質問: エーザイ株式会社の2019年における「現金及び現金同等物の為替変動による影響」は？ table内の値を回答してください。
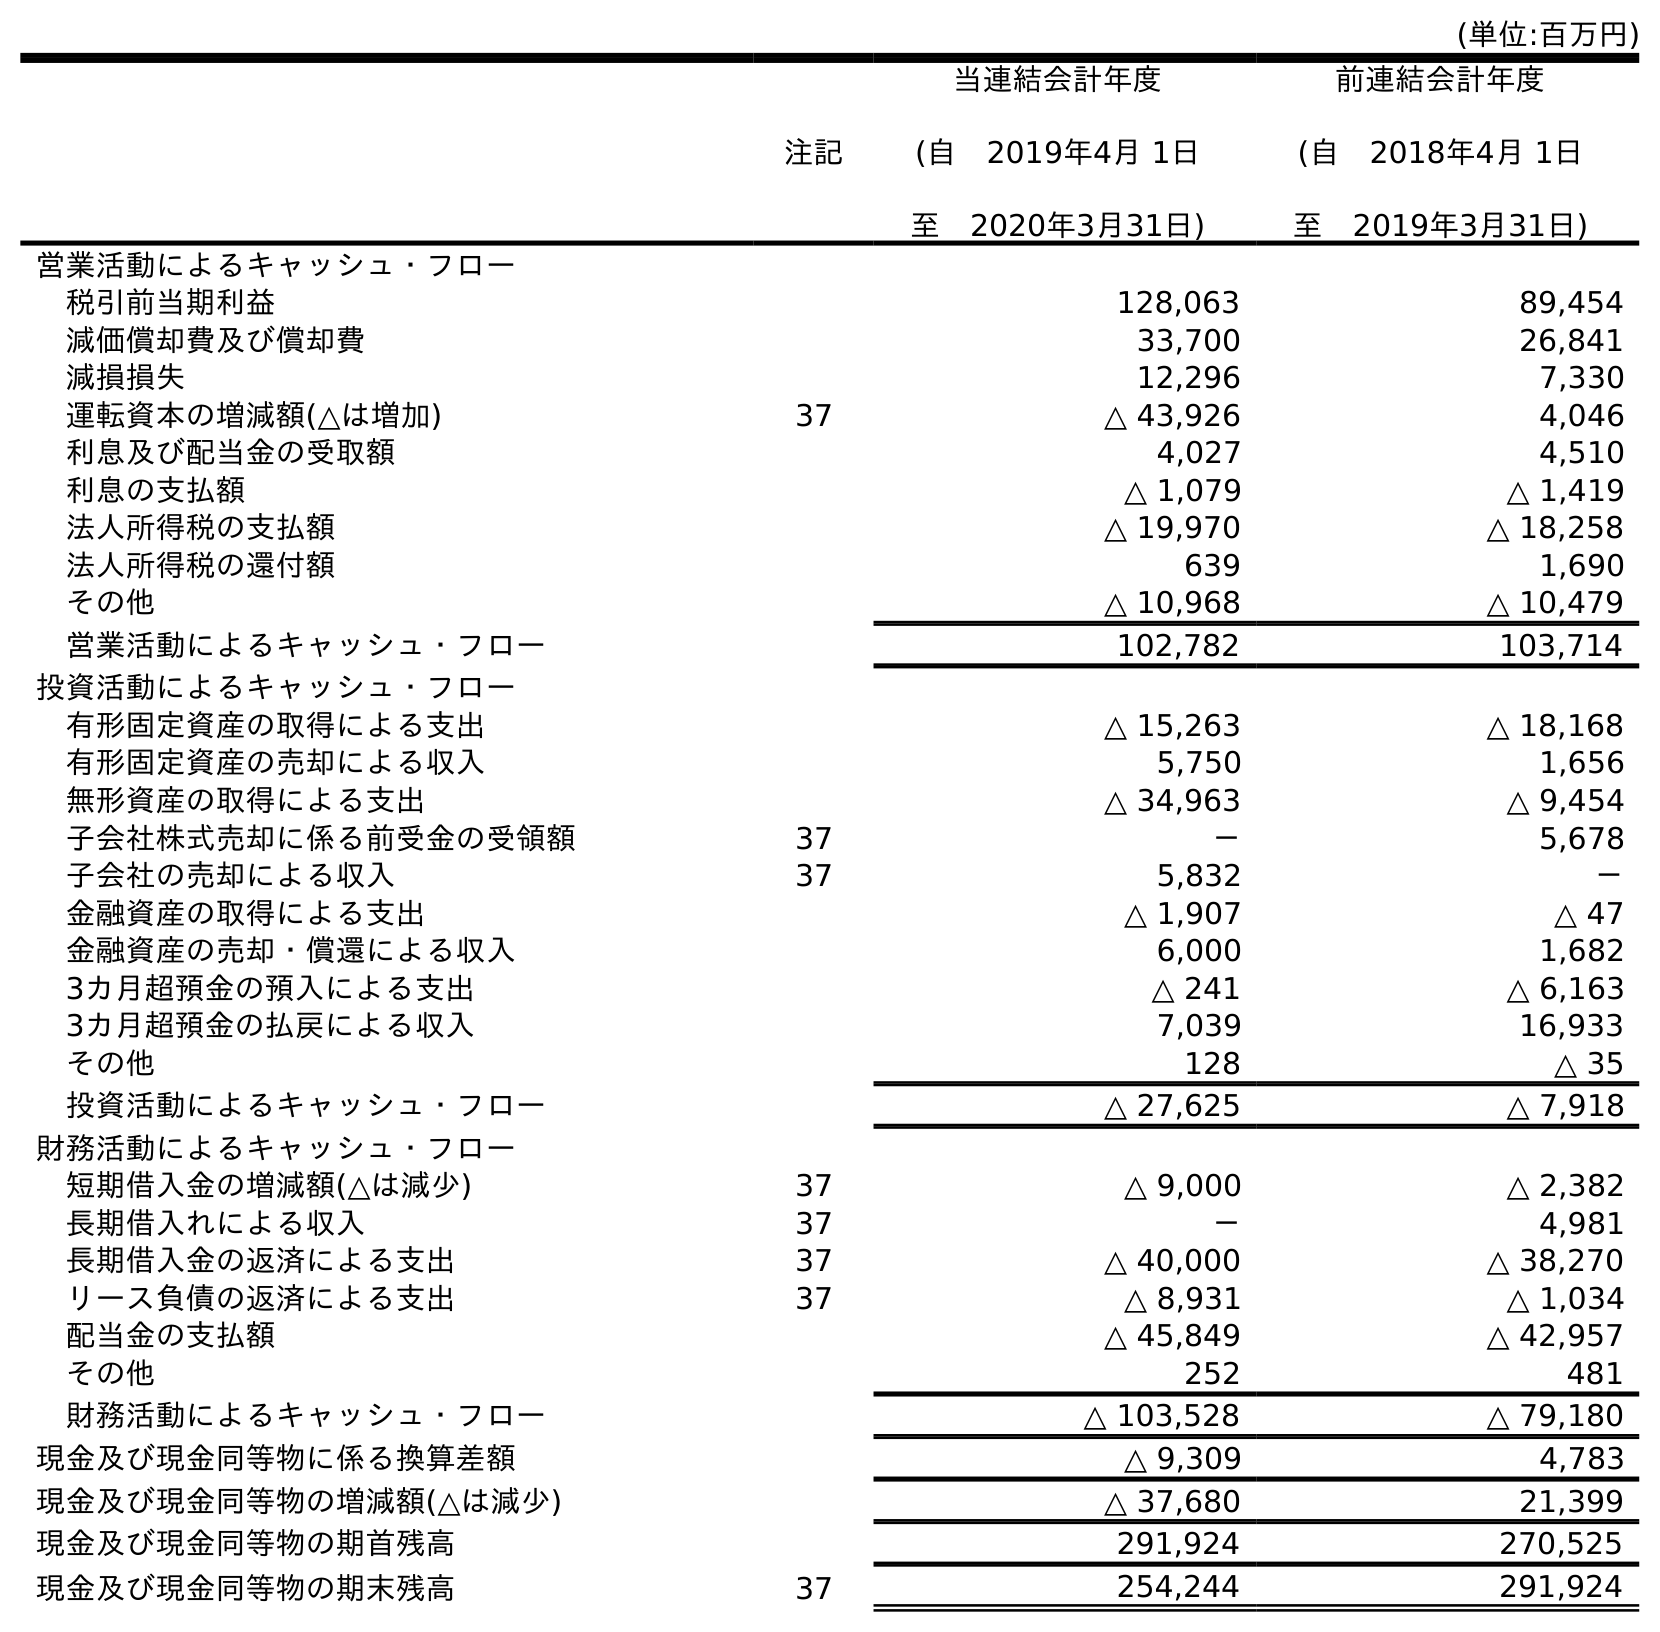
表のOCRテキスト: (単位:百万円) 注記 当連結会計年度 (自 2019年4月 1日 至 2020年3月31日) 前連結会計年度 (自 2018年4月 1日 至 2019年3月31日) 営業活動によるキャッシュ・フロー 税引前当期利益 128,063 89,454 減価償却費及び償却費 33,700 26,841 減損損失 12,296 7,330 運転資本の増減額(△は増加) 37 △ 43,926 4,046 利息及び配当金の受取額 4,027 4,510 利息の支払額 △ 1,079 △ 1,419 法人所得税の支払額 △ 19,970 △ 18,258 法人所得税の還付額 639 1,690 その他 △ 10,968 △ 10,479 営業活動によるキャッシュ・フロー 102,782 103,714 投資活動によるキャッシュ・フロー 有形固定資産の取得による支出 △ 15,263 △ 18,168 有形固定資産の売却による収入 5,750 1,656 無形資産の取得による支出 △ 34,963 △ 9,454 子会社株式売却に係る前受金の受領額 37 － 5,678 子会社の売却による収入 37 5,832 － 金融資産の取得による支出 △ 1,907 △ 47 金融資産の売却・償還による収入 6,000 1,682 3カ月超預金の預入による支出 △ 241 △ 6,163 3カ月超預金の払戻による収入 7,039 16,933 その他 128 △ 35 投資活動によるキャッシュ・フロー △ 27,625 △ 7,918 財務活動によるキャッシュ・フロー 短期借入金の増減額(△は減少) 37 △ 9,000 △ 2,382 長期借入れによる収入 37 － 4,981 長期借入金の返済による支出 37 △ 40,000 △ 38,270 リース負債の返済による支出 37 △ 8,931 △ 1,034 配当金の支払額 △ 45,849 △ 42,957 その他 252 481 財務活動によるキャッシュ・フロー △ 103,528 △ 79,180 現金及び現金同等物に係る換算差額 △ 9,309 4,783 現金及び現金同等物の増減額(△は減少) △ 37,680 21,399 現金及び現金同等物の期首残高 291,924 270,525 現金及び現金同等物の期末残高 37 254,244 291,924
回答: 4,783